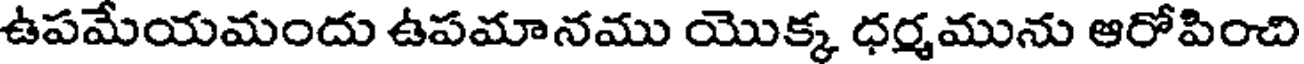
ఉపమేయమందు ఉపమానము యొక్క ధర్మమును ఆరోపించి